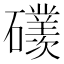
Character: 𥗢